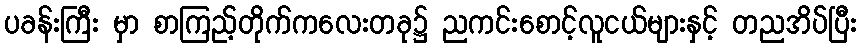
ပခန်းကြီး မှာ စာကြည့်တိုက်ကလေးတခု၌ ညကင်းစောင့်လူငယ်များနှင့် တညအိပ်ပြီး